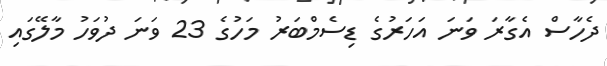
ދެހާސް އެގާރަ ވަނަ އަހަރުގެ ޑިސެމްބަރު މަހުގެ 23 ވަނަ ދުވަހު މާލޭގައި